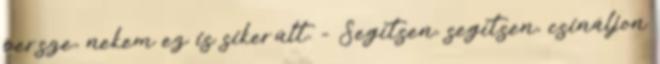
persze, nekem ez is sikerült. - Segítsen, segítsen, csináljon